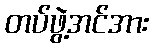
တပ်ဖွဲ့အင်အား